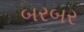
બરબર